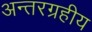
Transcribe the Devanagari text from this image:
अन्तरग्रहीय